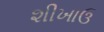
શીખાઉ